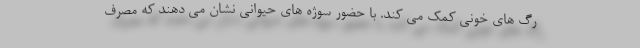
رگ های خونی کمک می کند. با حضور سوژه های حیوانی نشان می دهند که مصرف